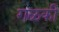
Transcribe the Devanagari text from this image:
गळकी